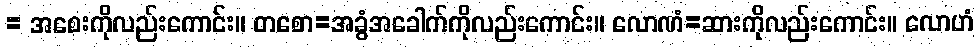
= အစေးကိုလည်းကောင်း။ တစော=အခွံအခေါက်ကိုလည်းကောင်း။ လောဏံ=ဆားကိုလည်းကောင်း။ လောဟံ